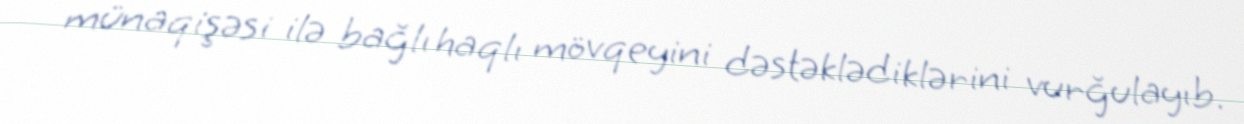
münaqişəsi ilə bağlı haqlı mövqeyini dəstəklədiklərini vurğulayıb.